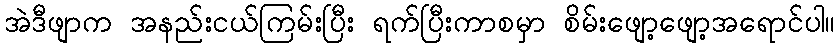
အဲဒီဖျာက အနည်းငယ်ကြမ်းပြီး ရက်ပြီးကာစမှာ စိမ်းဖျော့ဖျော့အရောင်ပါ။